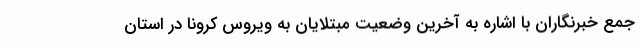
جمع خبرنگاران با اشاره به آخرین وضعیت مبتلایان به ویروس کرونا در استان